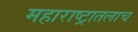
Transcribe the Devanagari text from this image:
महाराष्ट्रातलाच